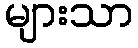
များသာ